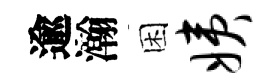
逾瀚困姨